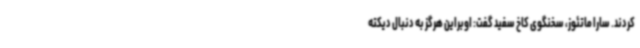
کردند. سارا ماتئوز، سخنگوی کاخ سفید گفت: اوبراین هرگز به دنبال دیکته